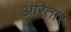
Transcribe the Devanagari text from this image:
अरितार